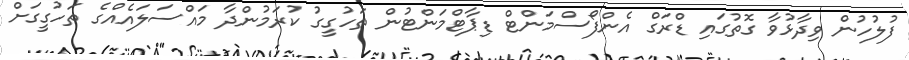
ފުލުހުން ވިދާޅުވާ ގޮތުގައި ޑްރަގް އެންފޯސްމަންޓް ޑިޕާޓްމަންޓުން ތަހުގީގު ކުރަމުންދާ މައްސަލައެއްގެ ތަހުގީގަށް